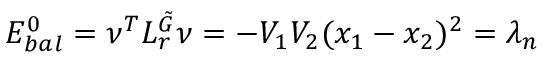
E _ { b a l } ^ { 0 } = \nu ^ { T } L _ { r } ^ { \tilde { G } } \nu = - V _ { 1 } V _ { 2 } ( x _ { 1 } - x _ { 2 } ) ^ { 2 } = \lambda _ { n }